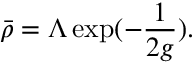
\bar { \rho } = \Lambda \exp ( - \frac { 1 } { 2 g } ) .